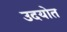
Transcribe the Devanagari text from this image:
उदयोत